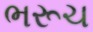
ભરૂચ